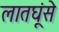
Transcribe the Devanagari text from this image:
लातघूंसे